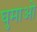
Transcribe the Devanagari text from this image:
घुमाओ